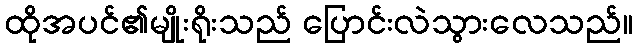
ထိုအပင်၏မျိုးရိုးသည် ပြောင်းလဲသွားလေသည်။